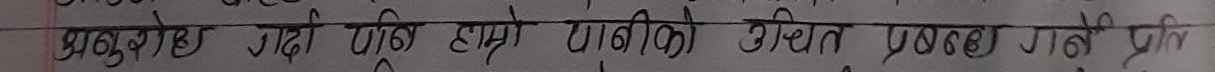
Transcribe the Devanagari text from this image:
प्रस्तुत गरी पाँच हाम्रो पानीको उचित प्रयोग गर्ने प्रति